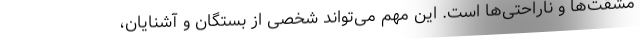
مشقت‌ها و ناراحتی‌ها است. این مهم می‌تواند شخصی از بستگان و آشنایان،